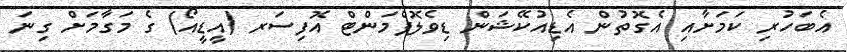
އެބަހުރި ކަމަށާއި އެގޮތުން އެޑިއުކޭޝަން ޑިވެލޮޕްމަންޓް އޮފިސަރ (އީޑީއޯ) ގެ މަގާމަށް ގިނަ